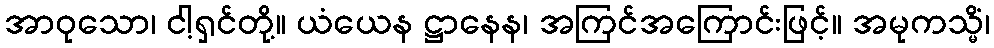
အာဝုသော၊ ငါ့ရှင်တို့။ ယံယေန ဋ္ဌာနေန၊ အကြင်အကြောင်းဖြင့်။ အမုကသ္မိံ၊